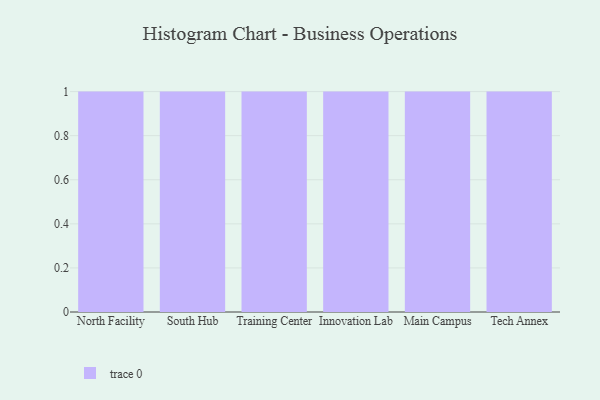
{"axis": {"x": "Campus", "y": "Gross Profit (USD K)"}, "legend": [""], "data": [{"x": "North Facility", "y": 31, "type": ""}, {"x": "South Hub", "y": 78, "type": ""}, {"x": "Training Center", "y": 29, "type": ""}, {"x": "Innovation Lab", "y": 6, "type": ""}, {"x": "Main Campus", "y": 8, "type": ""}, {"x": "Tech Annex", "y": 10, "type": ""}]}